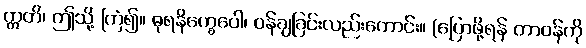
ဣတိ၊ ဤသို့ ကြံ၍။ ဓုရနိက္ခေပေါ၊ ဝန်ချခြင်းလည်းကောင်း။ (ပြောဖို့ရန် တာဝန်ကို